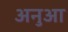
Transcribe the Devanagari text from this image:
अनुआ